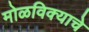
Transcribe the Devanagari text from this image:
मोळविक्याचे